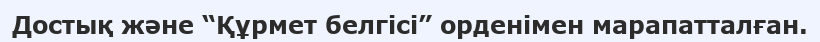
Достық және “Құрмет белгісі” орденімен марапатталған.